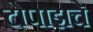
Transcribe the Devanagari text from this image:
टोपाझचे